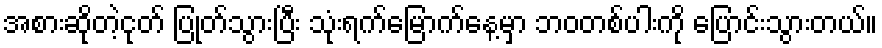
အစားဆိုတဲ့ငုတ် ပြုတ်သွားပြီး သုံးရက်မြောက်နေ့မှာ ဘဝတစ်ပါးကို ပြောင်းသွားတယ်။